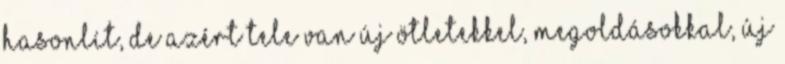
hasonlít, de azért tele van új ötletekkel, megoldásokkal, új